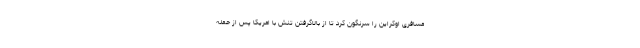
مسافری اوکراین را سرنگون کرد تا از بالاگرفتن تنش با امریکا پس از حمله